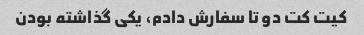
کیت کت دو تا سفارش دادم، یکی گذاشته بودن